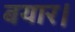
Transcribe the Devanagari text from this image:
बयार।